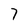
Character: 7